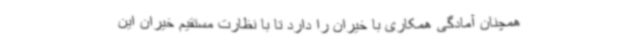
همچنان آمادگی همکاری با خیران را دارد تا با نظارت مستقیم خیران این